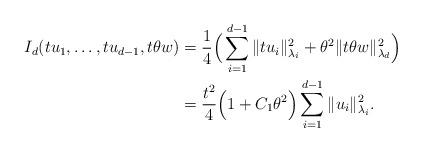
LaTeX: \begin{align*}I_d(tu_1,\ldots,tu_{d-1},t\theta w)&=\frac{1}{4}\Big(\sum_{i=1}^{d-1} \|t u_i\|_{\lambda_i}^2 +\theta^2\|t\theta w\|_{\lambda_d}^2\Big)\\&=\frac{t^2}{4}\Big(1+C_1\theta^2\Big)\sum_{i=1}^{d-1} \|u_i\|_{\lambda_i}^2.\end{align*}